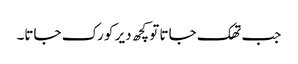
جب تھک جاتا تو کچھ دیر کو رک جاتا۔